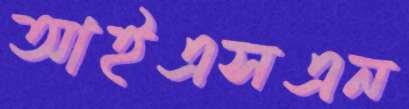
আইএসএন